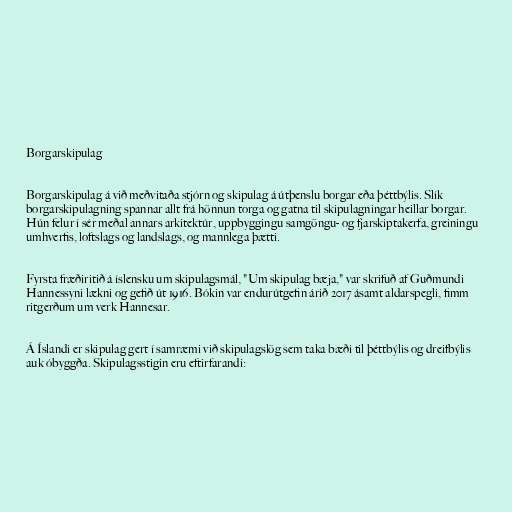
Borgarskipulag

Borgarskipulag á við meðvitaða stjórn og skipulag á útþenslu borgar eða þéttbýlis. Slík
borgarskipulagning spannar allt frá hönnun torga og gatna til skipulagningar heillar borgar.
Hún felur í sér meðal annars arkitektúr, uppbyggingu samgöngu- og fjarskiptakerfa, greiningu
umhverfis, loftslags og landslags, og mannlega þætti.

Fyrsta fræðiritið á íslensku um skipulagsmál, "Um skipulag bæja," var skrifuð af Guðmundi
Hannessyni lækni og gefið út 1916. Bókin var endurútgefin árið 2017 ásamt aldarspegli, fimm
ritgerðum um verk Hannesar.

Á Íslandi er skipulag gert í samræmi við skipulagslög sem taka bæði til þéttbýlis og dreifbýlis
auk óbyggða. Skipulagsstigin eru eftirfarandi: